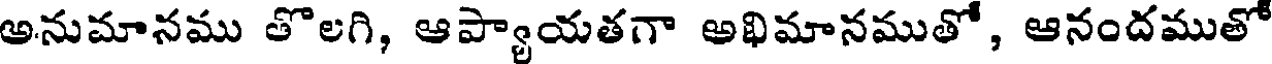
అనుమానము తొలగి, ఆప్యాయతగా అభిమానముతో, ఆనందముతో